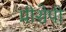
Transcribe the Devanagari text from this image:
प्रीसेपी